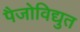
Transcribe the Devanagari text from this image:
पैजोविद्युत